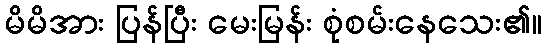
မိမိအား ပြန်ပြီး မေးမြန်း စုံစမ်းနေသေး၏။